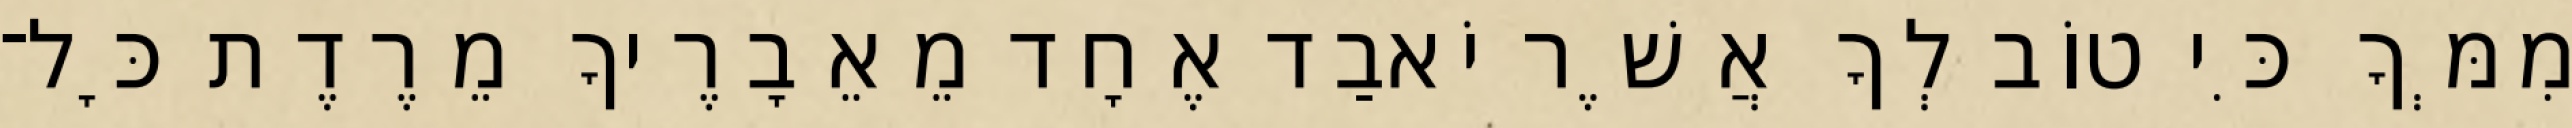
מִמְּךָ כִּי טוֹב לְךָ אֲשֶׁר יֹאבַד אֶחָד מֵאֵבָרֶיךָ מֵרֶדֶת כָּל־